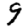
Digit: 9